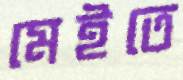
মেইতে